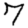
Digit: 7